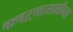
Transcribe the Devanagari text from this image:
कचऱ्यासाठीच्या